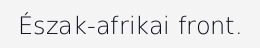
Észak-afrikai front.